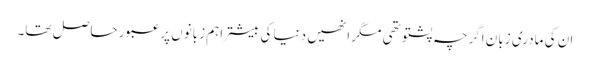
ان کی مادری زبان اگرچہ پشتو تھی مگر انھیں دنیا کی بیشتر اہم زبانوں پر عبور حاصل تھا۔